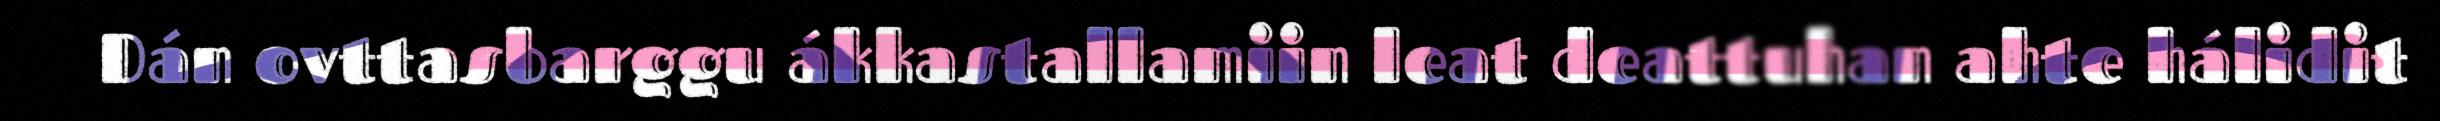
Dán ovttasbarggu ákkastallamiin leat deattuhan ahte hálidit